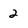
Character: 2